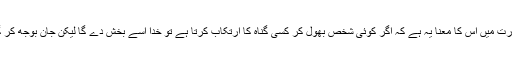
حدیث رفع قلم کے معتبر ہونے کی صورت میں اس کا معنا یہ ہے کہ اگر کوئی شخص بھول کر کسی گناہ کا ارتکاب کرتا ہے تو خدا اسے بخش دے گا لیکن جان بوجھ کر گناہ کیا جائے تو وہ نہیں بخشا جائے گا۔